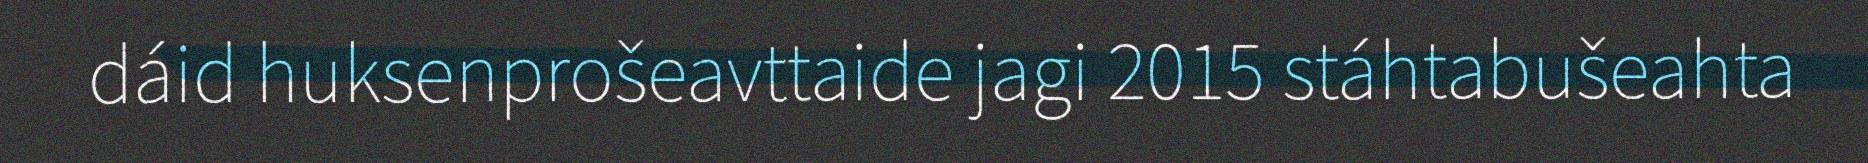
dáid huksenprošeavttaide jagi 2015 stáhtabušeahta